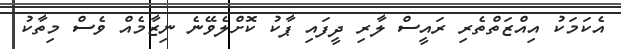
އެކަމަކު އިއްޒަތްތެރި ރައީސް ލާރި ދީފައި ޕާކު ކޮށްލެވޭނެ ނިޒާމެއް ވެސް މިތާކު